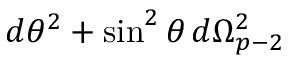
d \theta ^ { 2 } + \sin ^ { 2 } \theta \, d \Omega _ { p - 2 } ^ { 2 }